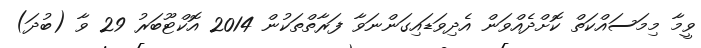
ވީމާ މިމަސައްކަތް ކޮށްދެއްވަން އެދިވަޑައިގަންނަވާ ފަރާތްތަކުން 2014 އޮކްޓޫބަރު 29 ވާ (ބުދަ)